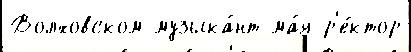
Волховском музыка́нт ма́я р'е́ктор